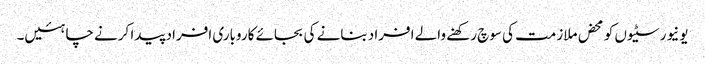
یونیورسٹیوں کو محض ملازمت کی سوچ رکھنے والے افراد بنانے کی بجائے کاروباری افراد پیدا کرنے چاہئیں۔